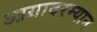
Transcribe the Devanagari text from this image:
आग्रादरम्यान